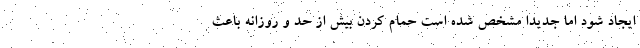
ایجاد شود اما جدیدا مشخص شده است حمام کردن بیش از حد و روزانه باعث